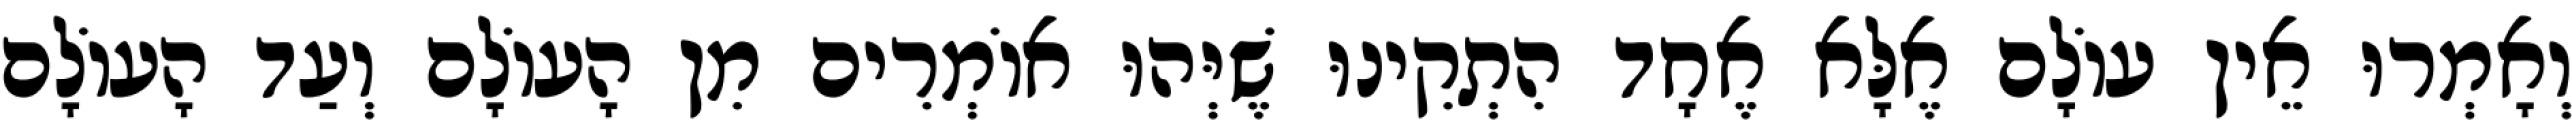
וְאָמְרוּ אֵין עוֹלָם אֶלָּא אֶחָד הִתְקִינוּ שֶׁיְּהוּ אוֹמְרִים מִן הָעוֹלָם וְעַד הָעוֹלָם